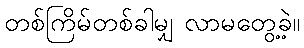
တစ်ကြိမ်တစ်ခါမျှ လာမတွေ့ခဲ့။